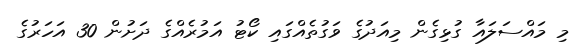
މި މައްސަލައާ ގުޅިގެން މިއަދުގެ ވަގުތެއްގައި ކޯޓު އަމުރެއްގެ ދަށުން 30 އަހަރުގެ